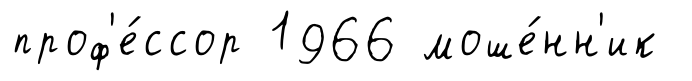
проф'е́ссор 1966 моше́нн'ик